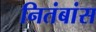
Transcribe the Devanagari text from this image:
नितंबांस